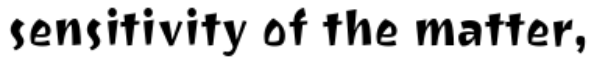
sensitivity of the matter,